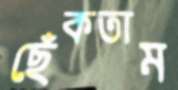
ছেঁকতাম